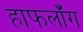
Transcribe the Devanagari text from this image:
हाफलॉँग